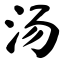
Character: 汤